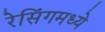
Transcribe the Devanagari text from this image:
रेसिंगमध्ये